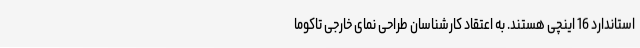
استاندارد 16 اینچی هستند. به اعتقاد کارشناسان طراحی نمای خارجی تاکوما